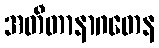
အတီတာနာဂတေန